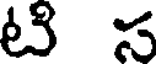
టి స